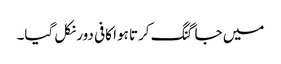
میں جاگنگ کرتا ہوا کافی دور نکل گیا۔